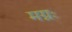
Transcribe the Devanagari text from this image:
मग्नः